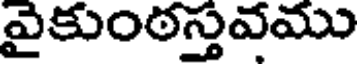
వైకుంఠస్తవము